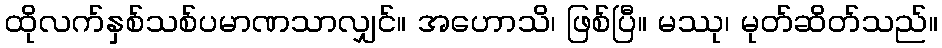
ထိုလက်နှစ်သစ်ပမာဏသာလျှင်။ အဟောသိ၊ ဖြစ်ပြီ။ မဿု၊ မုတ်ဆိတ်သည်။